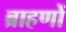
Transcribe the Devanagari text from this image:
ब्राहणों